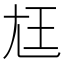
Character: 尪